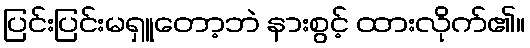
ပြင်းပြင်းမရှူတော့ဘဲ နားစွင့် ထားလိုက်၏။